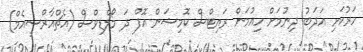
ހަރުކަށި އަދަބު ދިނުމަށް ހިއުމަން ރައިޓްސް ކޮމިޝަން އޮފް ދަ މޯލްޑިވްސް (އެޗްއާރްސީއެމް)